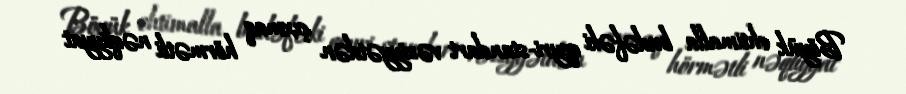
Böyük ehtimalla budəfəki qeyri-standart vəziyyətdən çıxmaq hörmətli nəqliyyat